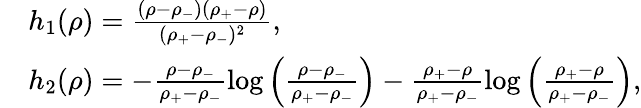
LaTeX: \begin{array}{rl}&{h_{1}(\rho)=\frac{(\rho-\rho_{-})(\rho_{+}-\rho)}{(\rho_{+}-\rho_{-})^{2}},}\\ &{h_{2}(\rho)=-\frac{\rho-\rho_{-}}{\rho_{+}-\rho_{-}}\log\left(\frac{\rho-\rho_{-}}{\rho_{+}-\rho_{-}}\right)-\frac{\rho_{+}-\rho}{\rho_{+}-\rho_{-}}\log\left(\frac{\rho_{+}-\rho}{\rho_{+}-\rho_{-}}\right),}\end{array}